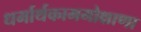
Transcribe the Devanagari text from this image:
धर्मार्थकाममोक्षाणा